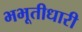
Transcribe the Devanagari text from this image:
भभूतीधारी